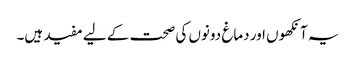
یہ آنکھوں اور دماغ دونوں کی صحت کے لیے مفید ہیں۔